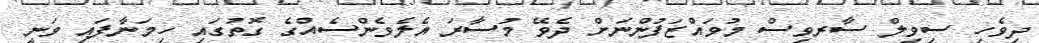
ދިވެހި ސިވިލް ސާރވިސް މުވައްޒަފުންނަށް ދެވޭ މުސާރަ އެލެވެންސެއްގެ ގޮތުގައި ހިމަނާފައި ވަނީ